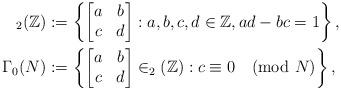
LaTeX: \begin{align*}_2(\mathbb{Z}) & :=\left\{\begin{bmatrix}a & b \\c & d \end{bmatrix}: a, b, c, d \in \mathbb{Z}, ad-bc=1\right\},\\\Gamma_{0}(N) & :=\left\{\begin{bmatrix}a & b \\c & d \end{bmatrix} \in _2(\mathbb{Z}) : c\equiv 0\pmod N \right\},\end{align*}